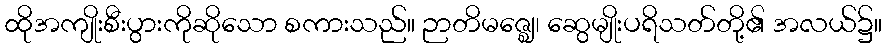
ထိုအကျိုးစီးပွားကိုဆိုသော စကားသည်။ ဉာတိမဇ္ဈေ၊ ဆွေမျိုးပရိသတ်တို့၏ အလယ်၌။